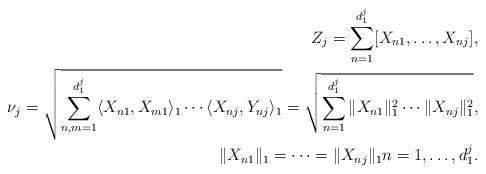
LaTeX: \begin{align*}Z_j=\sum_{n=1}^{d_1^j}[X_{n1},\dots,X_{nj}], \\\nu_j=\sqrt{\sum_{n,m=1}^{d_1^j}\langle X_{n1},X_{m1}\rangle_1\cdots\langle X_{nj},Y_{nj}\rangle_1}=\sqrt{\sum_{n=1}^{d_1^j}\|X_{n1}\|_1^2\cdots\|X_{nj}\|_1^2}, \\\|X_{n1}\|_1=\cdots=\|X_{nj}\|_1n=1,\dots,d_1^j.\end{align*}